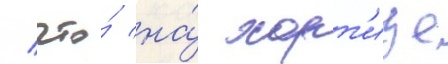
/ что́ на́ хорт'ице